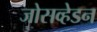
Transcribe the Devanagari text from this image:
जोसव्हेडन